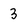
Character: 3